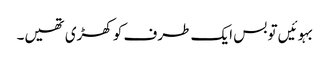
بہوئیں تو بس ایک طرف کو کھڑی تھیں۔